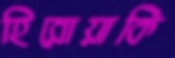
হিরোয়াকি